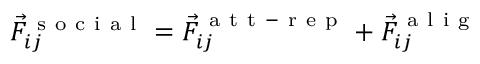
\vec { F } _ { i j } ^ { \mathrm { ~ s ~ o ~ c ~ i ~ a ~ l ~ } } = \vec { F } _ { i j } ^ { \mathrm { ~ a ~ t ~ t ~ - ~ r ~ e ~ p ~ } } + \vec { F } _ { i j } ^ { \mathrm { ~ a ~ l ~ i ~ g ~ } }